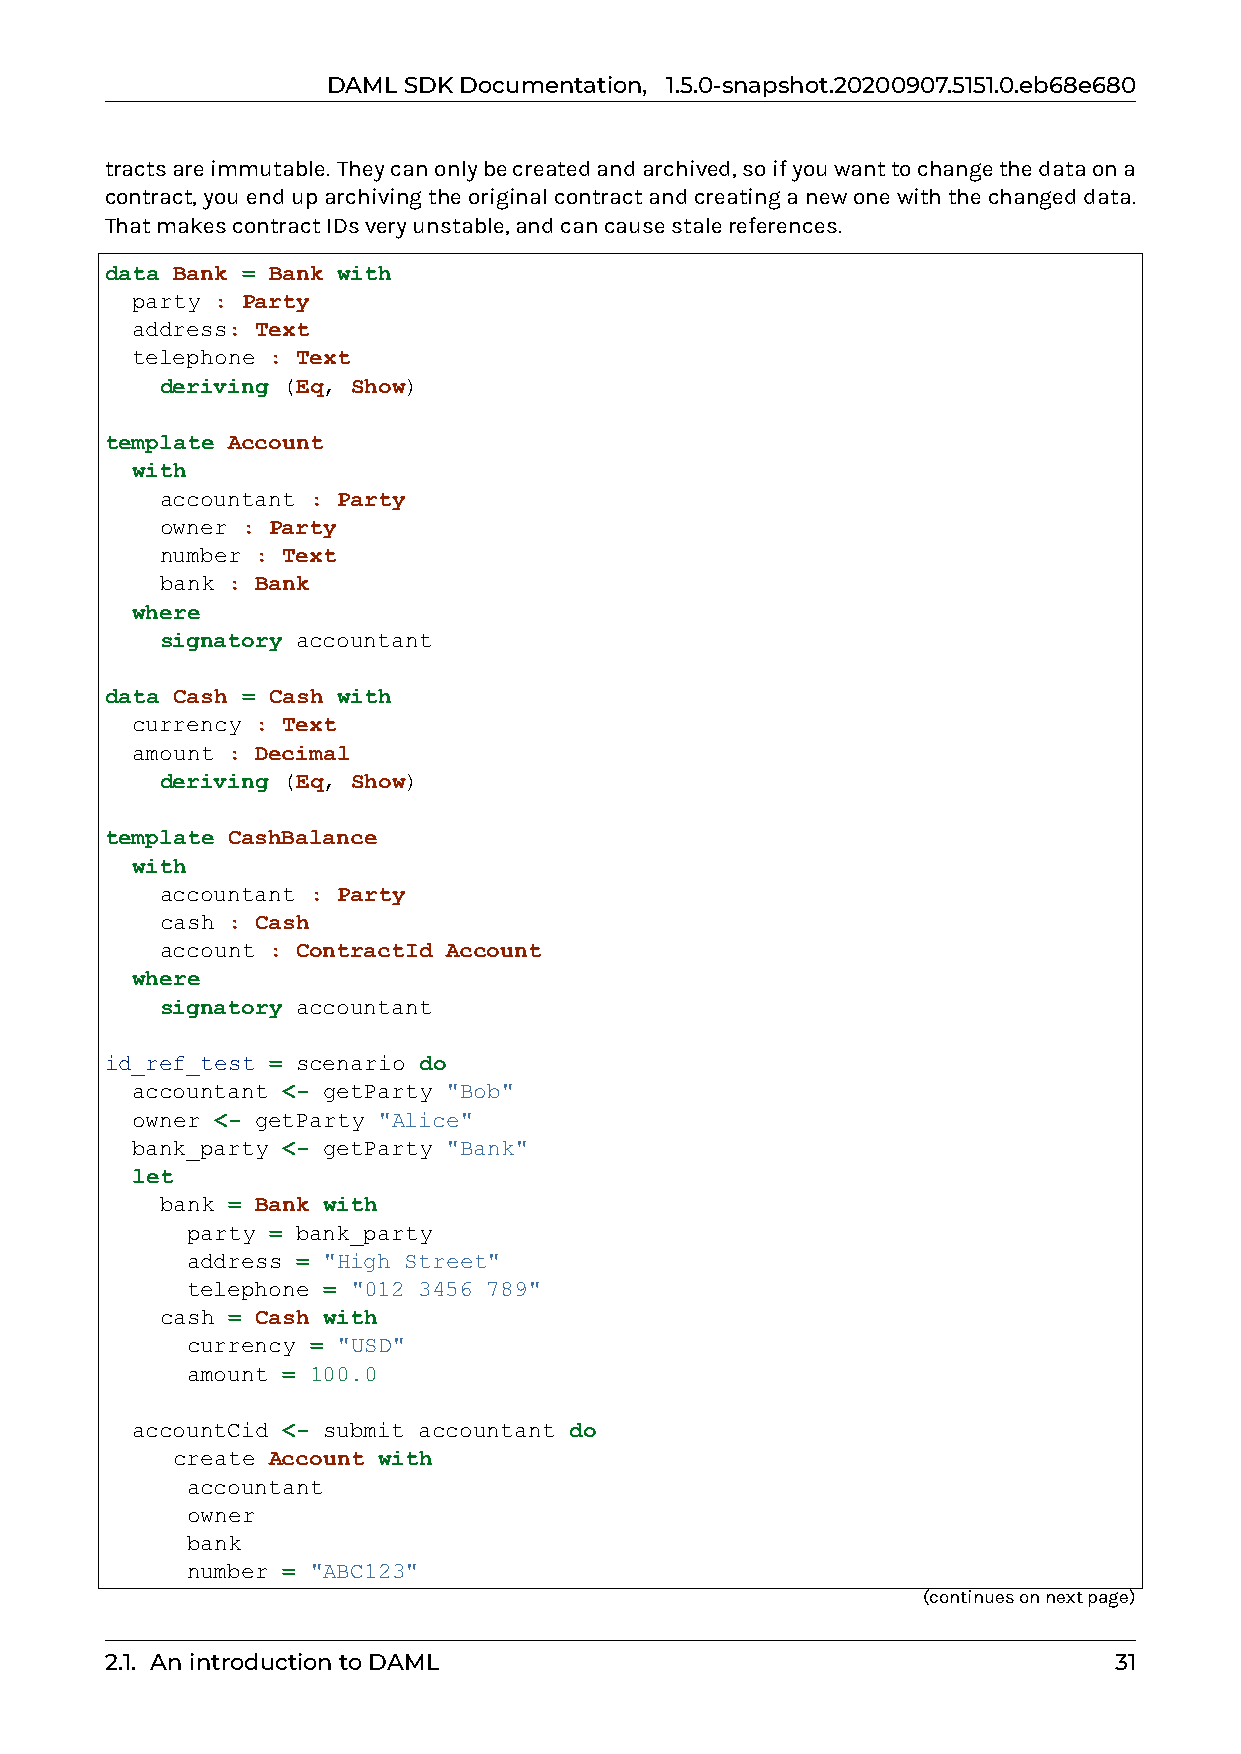
DAMLSDKDocumentation, 1.5.0-snapshot.20200907.5151.0.eb68e680
 tractsareimmutable. Theycanonlybecreatedandarchived,soifyouwanttochangethedataona
 contract,youenduparchivingtheoriginalcontractandcreatinganewonewiththechangeddata.
 ThatmakescontractIDsveryunstable,andcancausestalereferences.
 data Bank = Bank with
 party : Party
 address: Text
 telephone : Text
 deriving (Eq, Show)
 template Account
 with
 accountant : Party
 owner : Party
 number : Text
 bank : Bank
 where
 signatory accountant
 data Cash = Cash with
 currency : Text
 amount : Decimal
 deriving (Eq, Show)
 template CashBalance
 with
 accountant : Party
 cash : Cash
 account : ContractId Account
 where
 signatory accountant
 id_ref_test = scenario do
 accountant <- getParty "Bob"
 owner <- getParty "Alice"
 bank_party <- getParty "Bank"
 let
 bank = Bank with
 party = bank_party
 address = "High Street"
 telephone = "012 3456 789"
 cash = Cash with
 currency = "USD"
 amount = 100.0
 accountCid <- submit accountant do
 create Account with
 accountant
 owner
 bank
 number = "ABC123"
 (continuesonnextpage)
 2.1. AnintroductiontoDAML                                          31